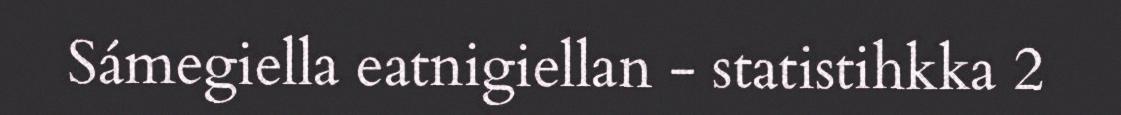
Sámegiella eatnigiellan - statistihkka 2